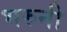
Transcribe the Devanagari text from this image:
भरुनी